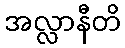
အလ္လာနီတိ